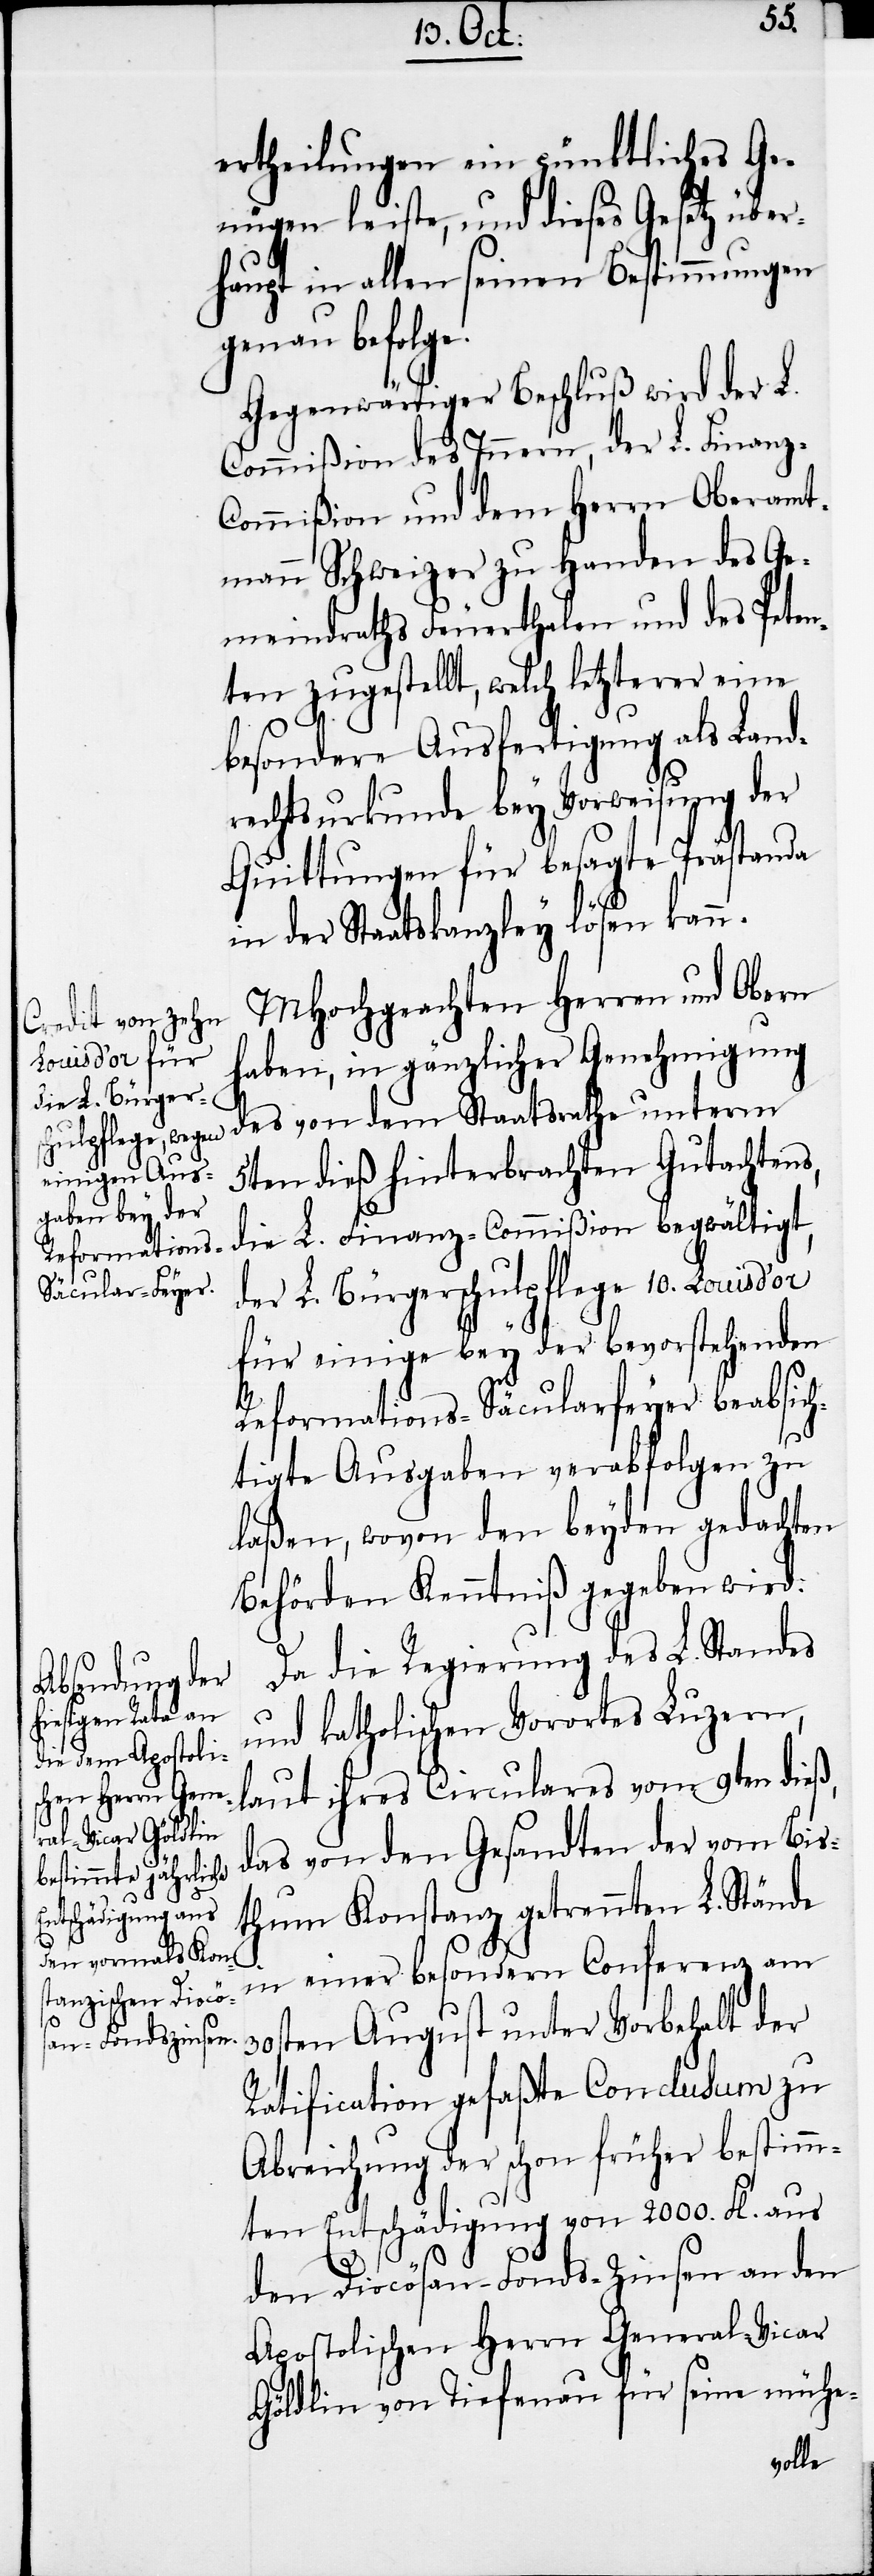
e.

ertheilungen ein pünktliches Ge¬
nügen leiste, und dieses Gesetz über¬
haupt in allen seinen Bestimmungen
genau befolg¬
Gegenwärtiger Beschluß wird der L.
Commißion des Innern, der L. Finanz-C¬
ommißion und dem Herrn Oberamt¬
mann Schweizer zu Handen des Ge¬
meindraths Feuerthalen und des Peten¬
ten zugestellt, welch letzterer eine
besondere Ausfertigung als Land¬
rechtsurkunde bey Vorweisung der
Quittungen für besagte Prästanda
in der Staatskanzley lösen kann.
MHochgeachten Herren und Obern
haben, in gänzlicher Genehmigung
des von dem Staatsrathe unterm
5ten dieß hinterbrachten Gutachtens,
die L. Finanz-Commißion begwältigt,
der L. Bürgerschulpflege 10. Louis
für einige bey der bevorstehenden
Reformations-Säcularfeyer beabsich¬
tigte Ausgaben verabfolgen zu
laßen, wovon den beyden gedachten
Behörden Kenntniß gegeben wird.
Da die Regierung des L. Standes
und katholischen Vorortes Luzern,
laut ihres Circulares vom 9ten dieß,
das von den Gesandten der vom Bis¬
thum Konstanz getrennten L. Stände
in einer besondern Conferenz am
30sten August unter Vorbehalt der
Ratification gefaßte Conclusum zu
Abreichung der schon früher bestimm¬
ten Entschädigung von 2000. Fl. aus
den Diocösan-Fonds-Zinsen an den
Apostolischen Herrn General-Vicar
Göldlin von Tiefenau für seine mühe-